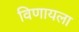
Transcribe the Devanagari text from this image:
विणायला